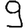
Digit: 9